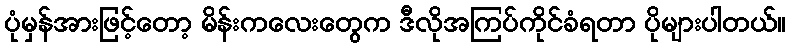
ပုံမှန်အားဖြင့်တော့ မိန်းကလေးတွေက ဒီလိုအကြပ်ကိုင်ခံရတာ ပိုများပါတယ်။